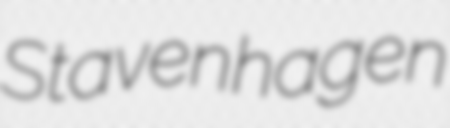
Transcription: Stavenhagen